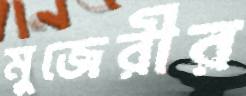
মুজেরীর